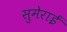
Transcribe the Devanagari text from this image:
सुमेराई